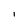
Character: l